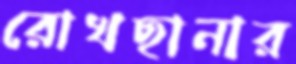
রোখছানার